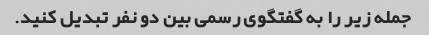
جمله زیر را به گفتگوی رسمی بین دو نفر تبدیل کنید.